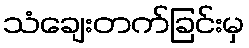
သံချေးတက်ခြင်းမှ